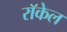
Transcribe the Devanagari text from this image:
राॅकेल